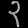
Digit: ၃